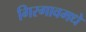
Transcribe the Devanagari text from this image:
गिरगावमधे